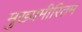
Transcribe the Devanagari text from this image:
मुख्यमीरितम